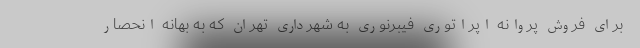
برای فروش پروانه اپراتوری فیبرنوری به شهرداری تهران که به بهانه انحصار